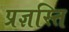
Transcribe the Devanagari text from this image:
प्रज्ञस्ति